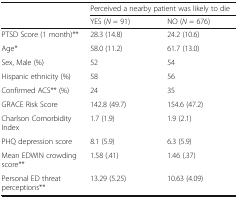
<table><thead><tr><td rowspan="2"></td><td colspan="2"><b>Perceived a nearby patient was likely to die</b></td></tr><tr><td><b>YES (<i>N</i> = 91)</b></td><td><b>NO (<i>N</i> = 676)</b></td></tr></thead><tbody><tr><td>PTSD Score (1 month)**</td><td>28.3 (14.8)</td><td>24.2 (10.6)</td></tr><tr><td>Age*</td><td>58.0 (11.2)</td><td>61.7 (13.0)</td></tr><tr><td>Sex, Male (%)</td><td>52</td><td>54</td></tr><tr><td>Hispanic ethnicity (%)</td><td>58</td><td>56</td></tr><tr><td>Confirmed ACS** (%)</td><td>24</td><td>35</td></tr><tr><td>GRACE Risk Score</td><td>142.8 (49.7)</td><td>154.6 (47.2)</td></tr><tr><td>Charlson Comorbidity Index</td><td>1.7 (1.9)</td><td>1.9 (2.1)</td></tr><tr><td>PHQ depression score</td><td>8.1 (5.9)</td><td>6.3 (5.9)</td></tr><tr><td>Mean EDWIN crowding score**</td><td>1.58 (.41)</td><td>1.46 (.37)</td></tr><tr><td>Personal ED threat perceptions**</td><td>13.29 (5.25)</td><td>10.63 (4.09)</td></tr></tbody></table>